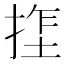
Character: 𫽏